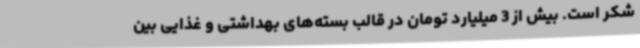
شکر است. بیش از 3 میلیارد تومان در قالب بسته‌های بهداشتی و غذایی بین